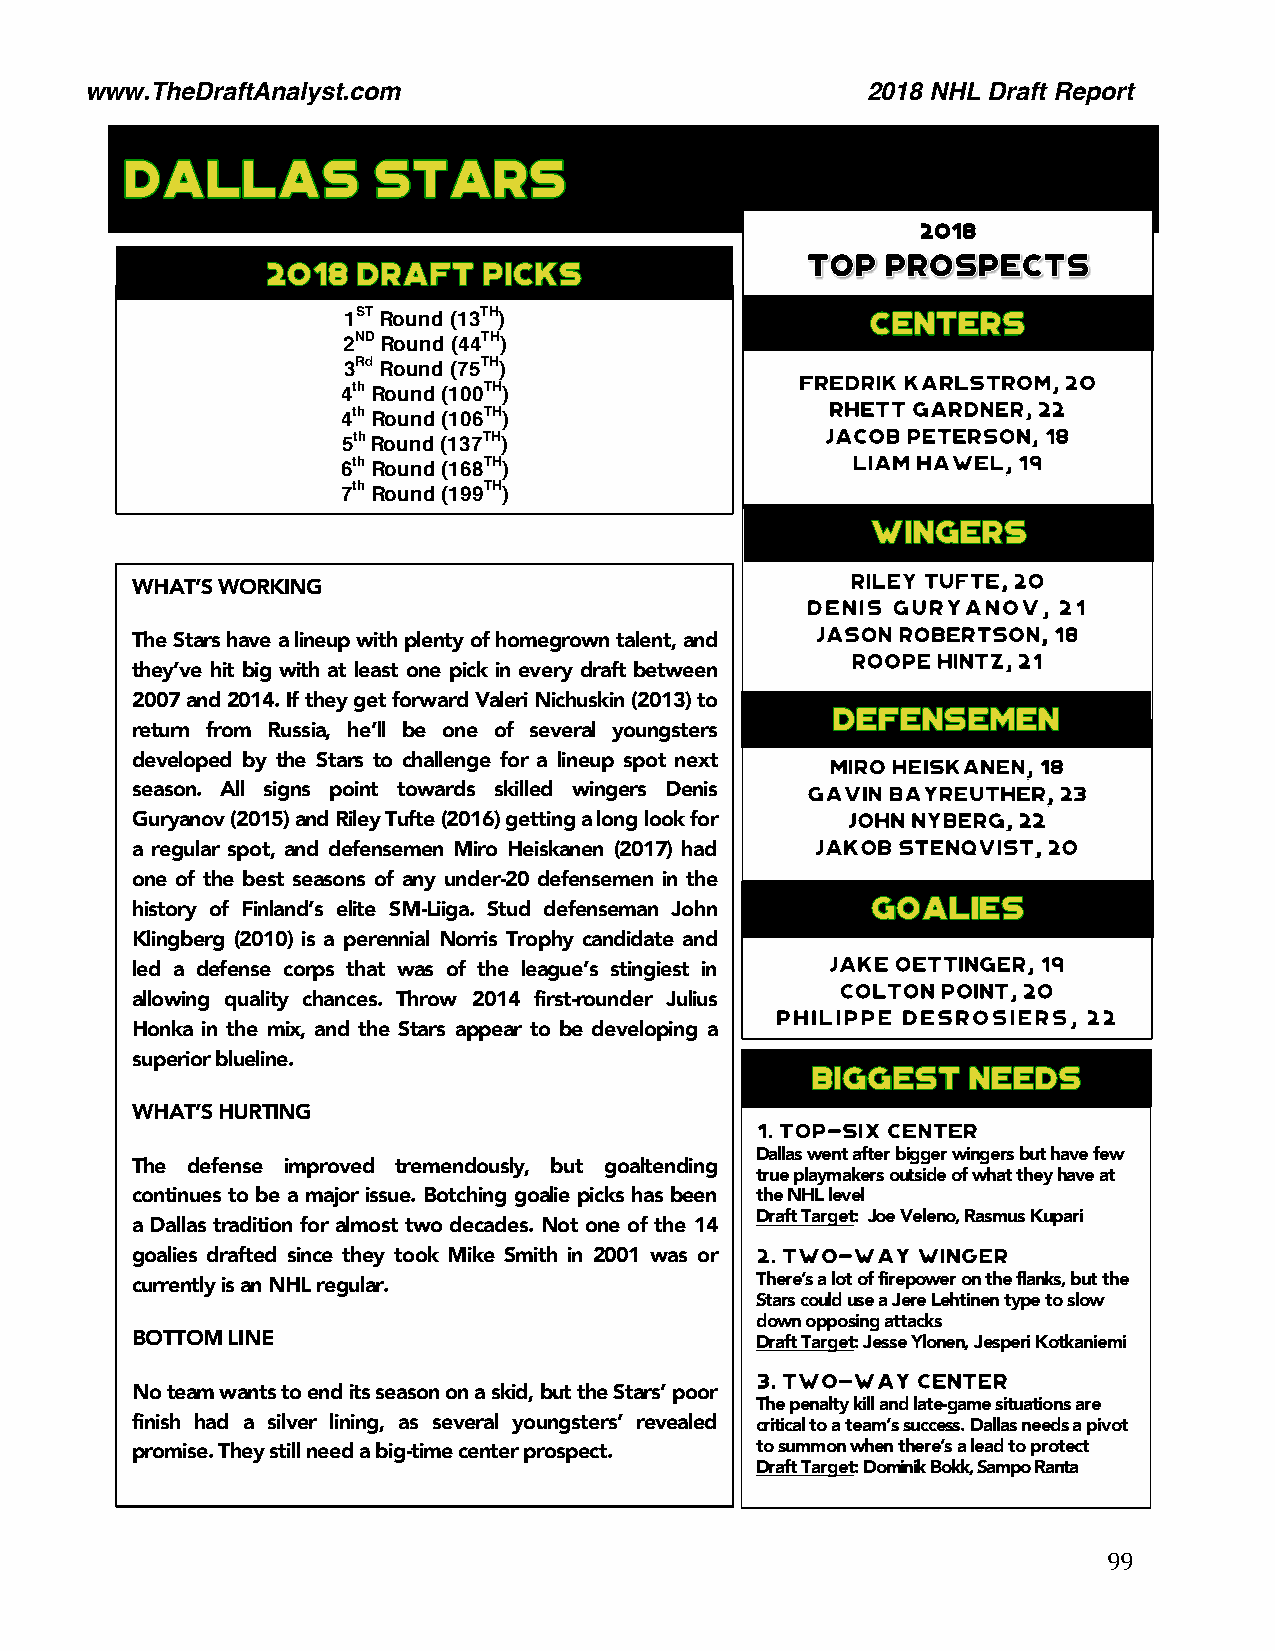
www.TheDraftAnalyst.com                            2018 NHL Draft Report
 2018
 1ST Round (13TH)
 2ND Round (44TH)
 3Rd Round (75TH)
 4th Round (100TH)
 4th Round (106TH)
 5th Round (137TH)
 6th Round (168TH)
 7th Round (199TH)
 WHAT’S WORKING
 The Stars have a lineup with plenty of homegrown talent, and
 they’ve hit big with at least one pick in every draft between
 2007 and 2014. If they get forward Valeri Nichuskin (2013) to
 return from Russia, he’ll be one of several youngsters
 developed by the Stars to challenge for a lineup spot next
 season. All signs point towards skilled wingers Denis
 Guryanov (2015) and Riley Tufte (2016) getting a long look for
 a regular spot, and defensemen Miro Heiskanen (2017) had
 one of the best seasons of any under-20 defensemen in the
 history of Finland’s elite SM-Liiga. Stud defenseman John
 Klingberg (2010) is a perennial Norris Trophy candidate and
 led a defense corps that was of the league’s stingiest in
 allowing quality chances. Throw 2014 first-rounder Julius
 Honka in the mix, and the Stars appear to be developing a
 superior blueline.
 WHAT’S HURTING
 Dallas went after bigger wingers but have few
 The defense improved tremendously, but goaltending
 true playmakers outside of what they have at
 continues to be a major issue. Botching goalie picks has been the NHL level
 Draft Target: Joe Veleno, Rasmus Kupari
 a Dallas tradition for almost two decades. Not one of the 14
 80.
 goalies drafted since they took Mike Smith in 2001 was or
 currently is an NHL regular.             There’s a lot of firepower on the flanks, but the
 Stars could use a Jere Lehtinen type to slow
 down opposing attacks
 BOTTOM LINE                         83.  Draft Target: Jesse Ylonen, Jesperi Kotkaniemi
 No team wants to end its season on a skid, but the Stars’ poor
 The penalty kill and late-game situations are
 finish had a silver lining, as several youngsters’ revealed critical to a team’s success. Dallas needs a pivot
 promise. They still need a big-time center prospect. to summon when there’s a lead to protect
 Draft Target: Dominik Bokk, Sampo Ranta
 99